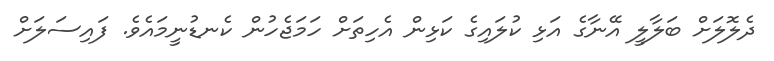
ދެލޮލަށް ބަލާލީ އޭނާގެ އަޅި ކުލައިގެ ކަޅިން އެހިތަށް ހަމަޖެހުން ކެނޑުނީމައެވެ. ފައިސަލަށް